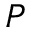
P